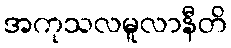
အကုသလမူလာနီတိ